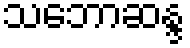
သဘောဆန္ဒ